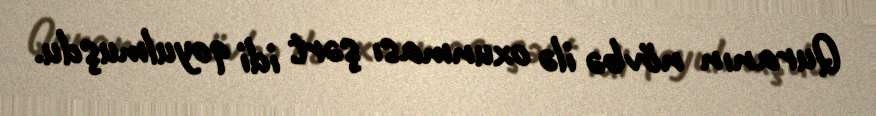
Quranın növbə ilə oxunması şərt idi qoyulmuşdu.